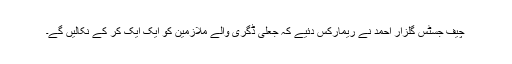
چیف جسٹس گلزار احمد نے ریمارکس دئیے کہ جعلی ڈگری والے ملازمین کو ایک ایک کر کے نکالیں گے۔